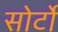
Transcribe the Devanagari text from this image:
सोर्टो